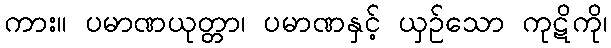
ကား။ ပမာဏယုတ္တာ၊ ပမာဏနှင့် ယှဉ်သော ကုဋိကို၊